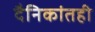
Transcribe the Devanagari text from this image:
दैनिकांतही